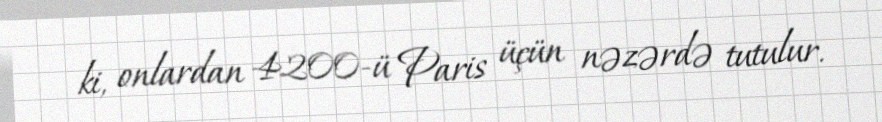
ki, onlardan 4200-ü Paris üçün nəzərdə tutulur.